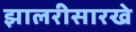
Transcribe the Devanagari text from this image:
झालरीसारखे